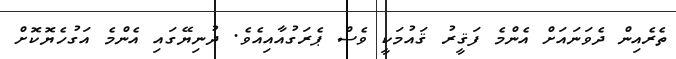
ތެރެއިން ދެވަނައަށް އެންމެ ފަޤީރު ޤައުމަކީ ވެސް ޕެރަގުއާއިއެވެ. ދުނިޔޭގައި އެންމެ އަގުހެޔޮކޮށް